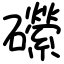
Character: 礯